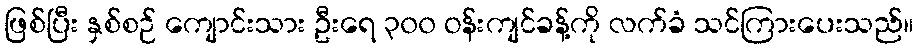
ဖြစ်ပြီး နှစ်စဉ် ကျောင်းသား ဦးရေ ၃၀၀ ဝန်းကျင်ခန့်ကို လက်ခံ သင်ကြားပေးသည်။